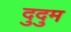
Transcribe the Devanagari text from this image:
दुदुम